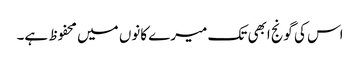
اس کی گونج ابھی تک میرے کانوں میں محفوظ ہے۔